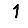
Digit: 1